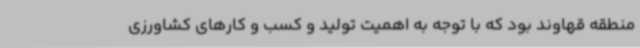
منطقه قهاوند بود که با توجه به اهمیت تولید و کسب و کارهای کشاورزی